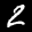
Label: 2